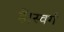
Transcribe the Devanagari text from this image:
हैं।स्वर्ग